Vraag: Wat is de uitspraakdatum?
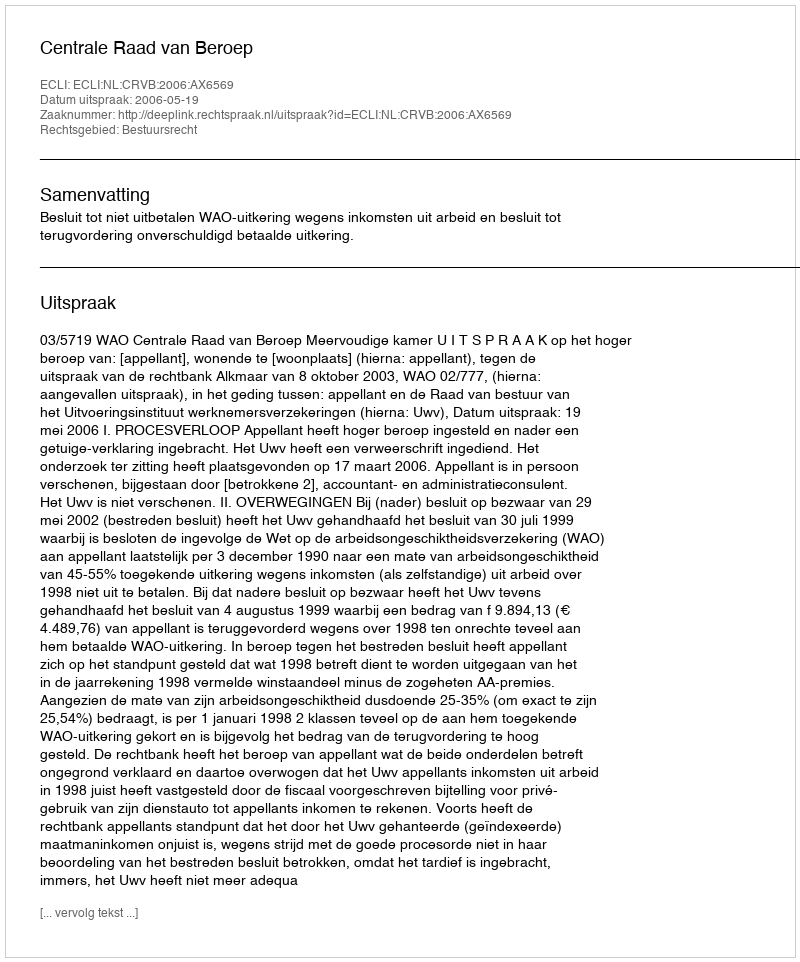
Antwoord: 2006-05-19